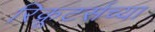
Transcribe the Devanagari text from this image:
रिक्रूटर्सच्या